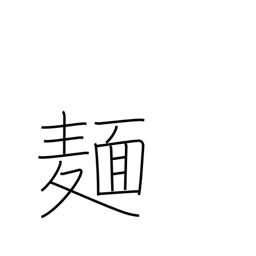
Meaning: noodles